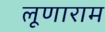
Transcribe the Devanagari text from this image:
लूणाराम